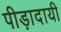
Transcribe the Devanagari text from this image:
पीड़ादायी